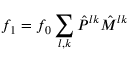
f _ { 1 } = f _ { 0 } \sum _ { l , k } \hat { P } ^ { l k } \hat { M } ^ { l k }